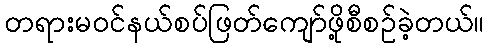
တရားမဝင်နယ်စပ်ဖြတ်ကျော်ဖို့စီစဥ်ခဲ့တယ်။